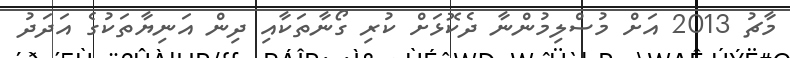
މާޗު 2013 އަށް މުސްލިމުންނާ ދެކޮޅަށް ކުރި ގޯނާތަކާއި ދިން އަނިޔާތަކުގެ އަދަދު